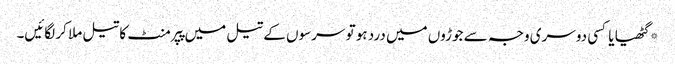
*گٹھیا یا کسی دوسری وجہ سے جوڑوں میں درد ہو تو سرسوں کے تیل میں پپرمنٹ کا تیل ملا کر لگائیں۔